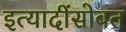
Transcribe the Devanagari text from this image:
इत्यादींसोबत